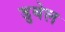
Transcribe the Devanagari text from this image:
डुबेल